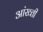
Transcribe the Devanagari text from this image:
आंख्ती